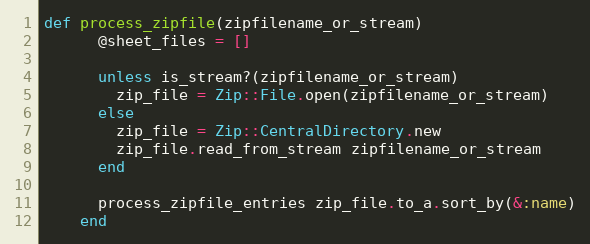
Language: Ruby
def process_zipfile(zipfilename_or_stream)
      @sheet_files = []

      unless is_stream?(zipfilename_or_stream)
        zip_file = Zip::File.open(zipfilename_or_stream)
      else
        zip_file = Zip::CentralDirectory.new
        zip_file.read_from_stream zipfilename_or_stream
      end

      process_zipfile_entries zip_file.to_a.sort_by(&:name)
    end